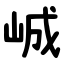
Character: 峸